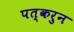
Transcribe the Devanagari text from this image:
पत्‍करुन